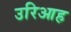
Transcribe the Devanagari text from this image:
उरिआह